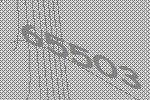
65503